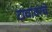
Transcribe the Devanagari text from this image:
टाचांवरचे